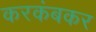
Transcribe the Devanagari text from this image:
करकंबकर